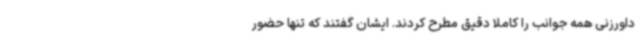
داورزنی همه جوانب را کاملا دقیق مطرح کردند. ایشان گفتند که تنها حضور